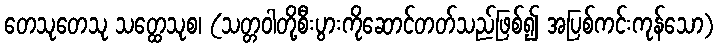
တေသုတေသု သတ္ထေသုစ၊ (သတ္တဝါတို့စီးပွားကိုဆောင်တတ်သည်ဖြစ်၍ အပြစ်ကင်းကုန်သော)